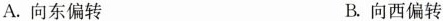
A.向东偏转 B.向西偏转